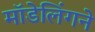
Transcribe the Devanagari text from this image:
मॉडेलिंगने